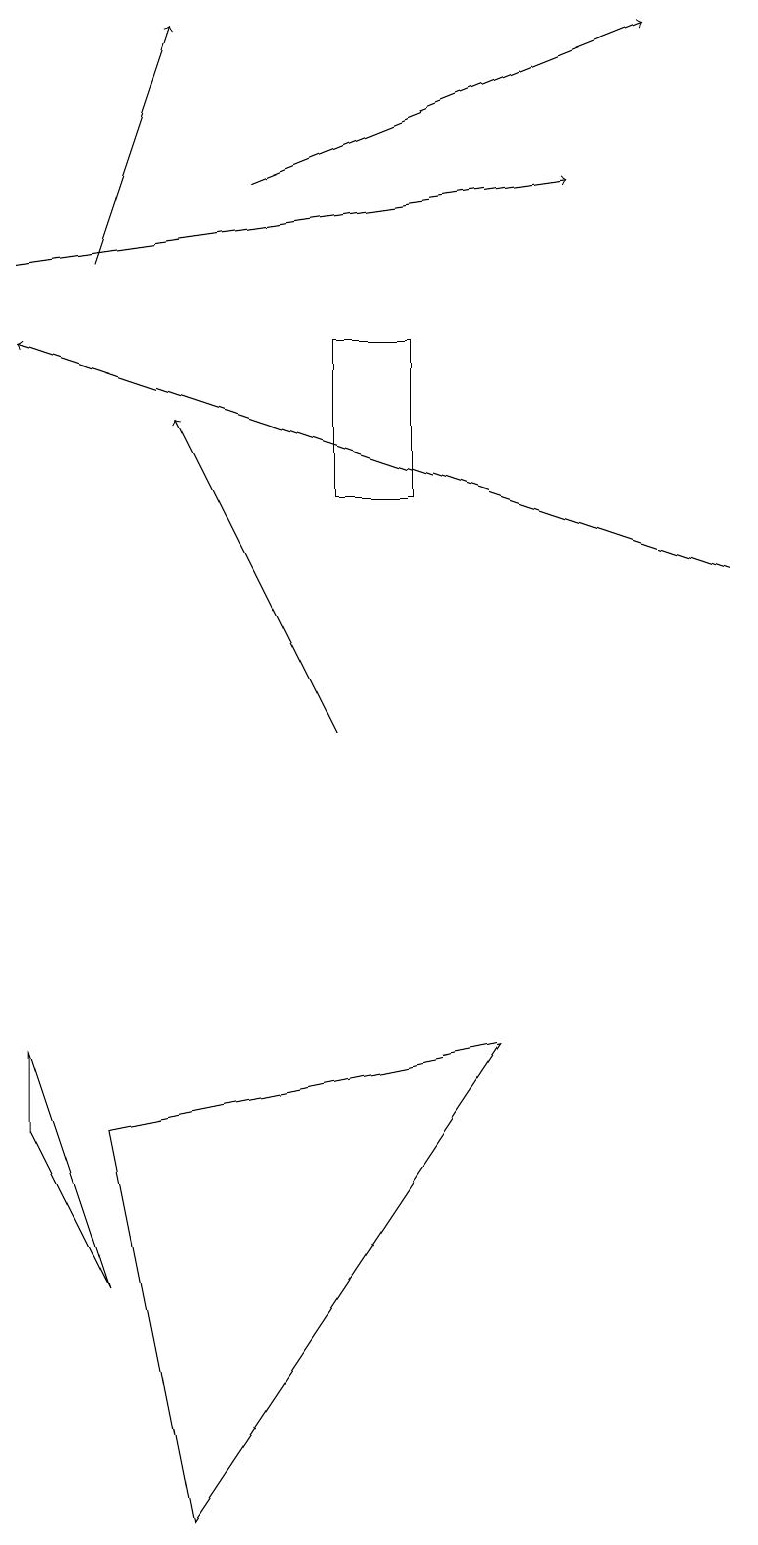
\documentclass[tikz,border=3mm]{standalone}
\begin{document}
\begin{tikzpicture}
\draw (4,13) rectangle (5,15);
\draw[->] (3,17) -- (8,19);
\draw (0,5) -- (0,6) -- (1,3) -- cycle;
\draw[->] (0,16) -- (7,17);
\draw[->] (9,12) -- (0,15);
\draw[->] (4,10) -- (2,14);
\draw (6,6) -- (2,0) -- (1,5) -- cycle;
\draw[->] (1,16) -- (2,19);
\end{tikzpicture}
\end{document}